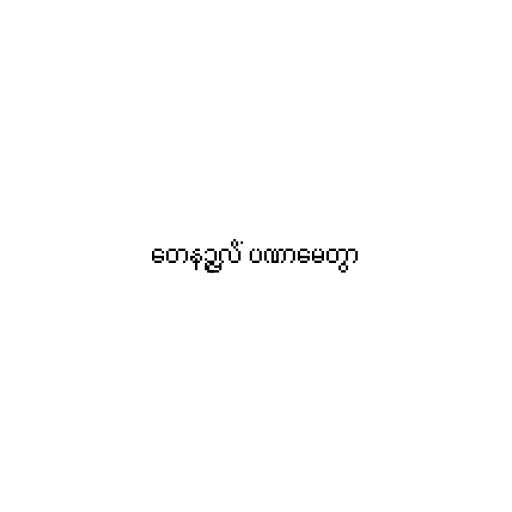
တေနဉ္ဇလိံ ပဏာမေတွာ